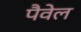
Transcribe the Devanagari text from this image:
पैवेल